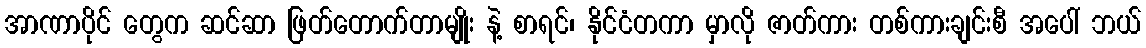
အာဏာပိုင် တွေက ဆင်ဆာ ဖြတ်တောက်တာမျိုး နဲ့ စာရင်၊ နိုင်ငံတကာ မှာလို ဇာတ်ကား တစ်ကားချင်းစီ အပေါ် ဘယ်